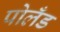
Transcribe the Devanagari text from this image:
पोलँड